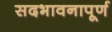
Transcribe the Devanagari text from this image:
सदभावनापूर्ण